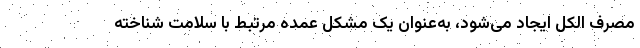
مصرف الکل ایجاد می‌شود، به‌عنوان یک مشکل عمده مرتبط با سلامت شناخته